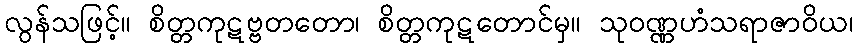
လွန်သဖြင့်။ စိတ္တကုဋဗ္ဗတတော၊ စိတ္တကုဋတောင်မှ။ သုဝဏ္ဏဟံသရာဇာဝိယ၊